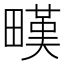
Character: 𤳉